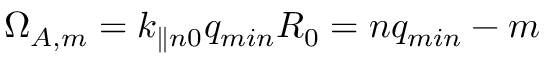
\Omega _ { A , m } = k _ { \parallel n 0 } q _ { m i n } R _ { 0 } = n q _ { m i n } - m